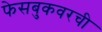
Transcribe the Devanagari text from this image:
फेसबुकवरची